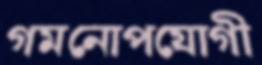
গমনোপযোগী